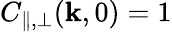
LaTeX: C_{\parallel,\perp}(\mathbf{k},0)=1